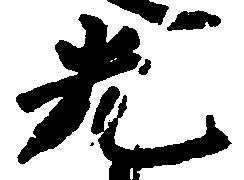
光